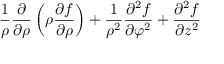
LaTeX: { \frac { 1 } { \rho } } { \frac { \partial } { \partial \rho } } \left( \rho { \frac { \partial f } { \partial \rho } } \right) + { \frac { 1 } { \rho ^ { 2 } } } { \frac { \partial ^ { 2 } f } { \partial \varphi ^ { 2 } } } + { \frac { \partial ^ { 2 } f } { \partial z ^ { 2 } } }